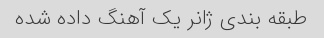
طبقه بندی ژانر یک آهنگ داده شده